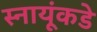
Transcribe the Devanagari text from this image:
स्नायूंकडे